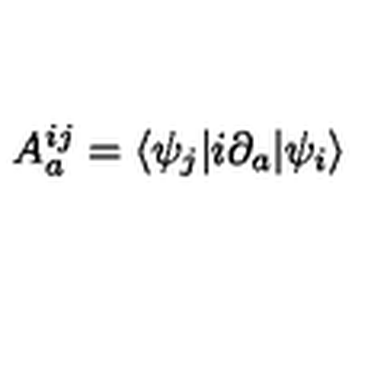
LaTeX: A _ { a } ^ { i j } = \langle \psi _ { j } | i \partial _ { a } | \psi _ { i } \rangle